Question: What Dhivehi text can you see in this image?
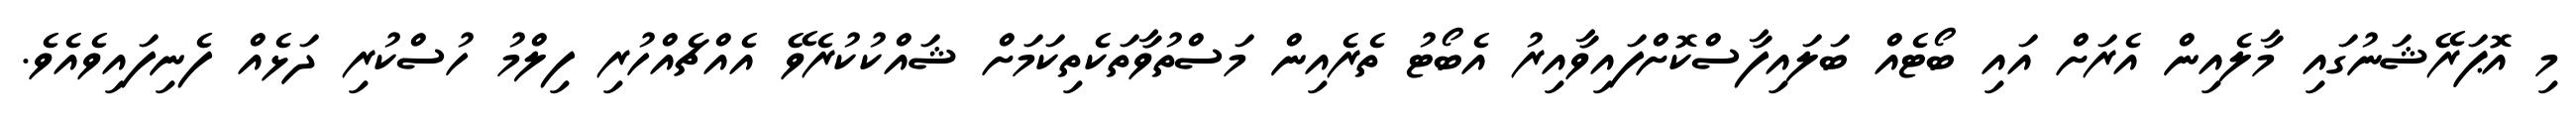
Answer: މި އޮޕަރޭޝަނުގައި މާލެއިން އެރަށް އައި ބޯޓެއް ބަލައިފާސްކޮށްފައިވާއިރު އެބޯޓު ތެރެއިން މަސްތުވާތަކެތިކަމަށް ޝައްކުކުރެވޭ އެއްޗެއްހުރި ފިލްމު ހުސްކުރި ދަޅެއް ފެނިފައިވެއެވެ.